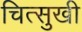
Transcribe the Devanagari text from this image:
चित्सुखी